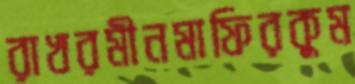
রাখরমীনমাফিরকুম